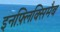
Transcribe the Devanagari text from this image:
इनफ़्लिक्सिमैब